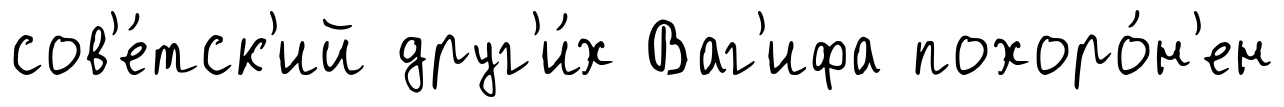
сов'е́тск'ий друг'и́х Ваг'ифа похоро́н'ен